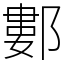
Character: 䣚